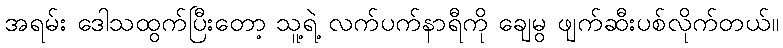
အရမ်း ဒေါသထွက်ပြီးတော့ သူ့ရဲ့ လက်ပက်နာရီကို ချေမွ ဖျက်ဆီးပစ်လိုက်တယ်။